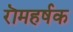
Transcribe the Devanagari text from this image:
रॊमहर्षक